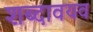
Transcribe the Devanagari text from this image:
शब्दावयव